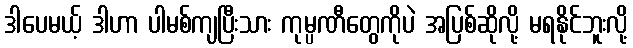
ဒါပေမယ့် ဒါဟာ ပါမစ်ကျပြီးသား ကုမ္ပဏီတွေကိုပဲ အပြစ်ဆိုလို့ မရနိုင်ဘူးလို့